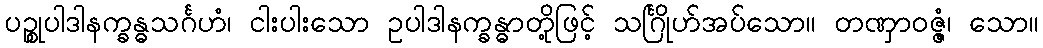
ပဉ္စုပါဒါနက္ခန္ဓသင်္ဂဟံ၊ ငါးပါးသော ဥပါဒါနက္ခန္ဓာတို့ဖြင့် သင်္ဂြိုဟ်အပ်သော။ တဏှာဝဇ္ဇံ၊ သော။